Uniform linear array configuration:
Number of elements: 64
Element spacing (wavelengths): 0.25
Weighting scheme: hann
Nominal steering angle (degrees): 60
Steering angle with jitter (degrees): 60.293
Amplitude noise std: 0.05
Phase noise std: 0.05

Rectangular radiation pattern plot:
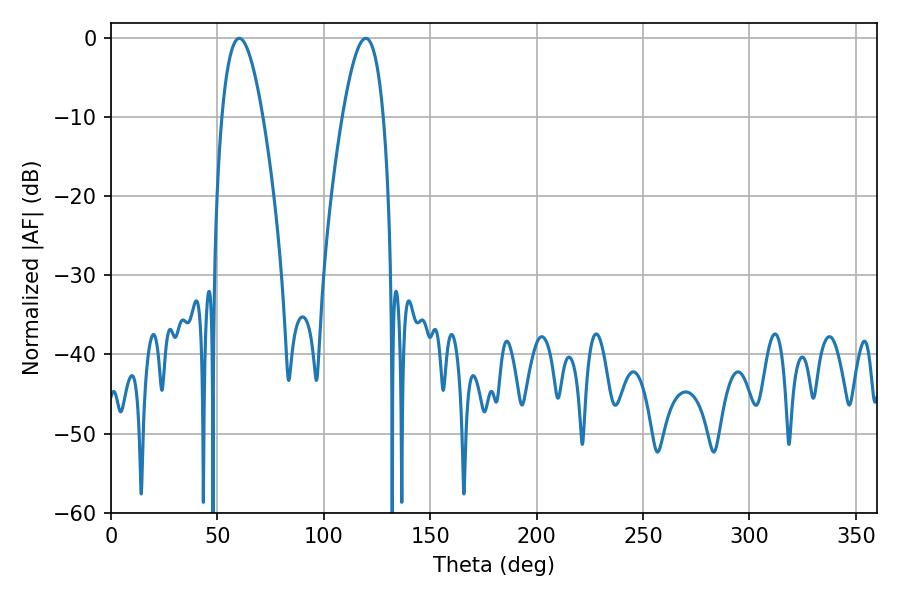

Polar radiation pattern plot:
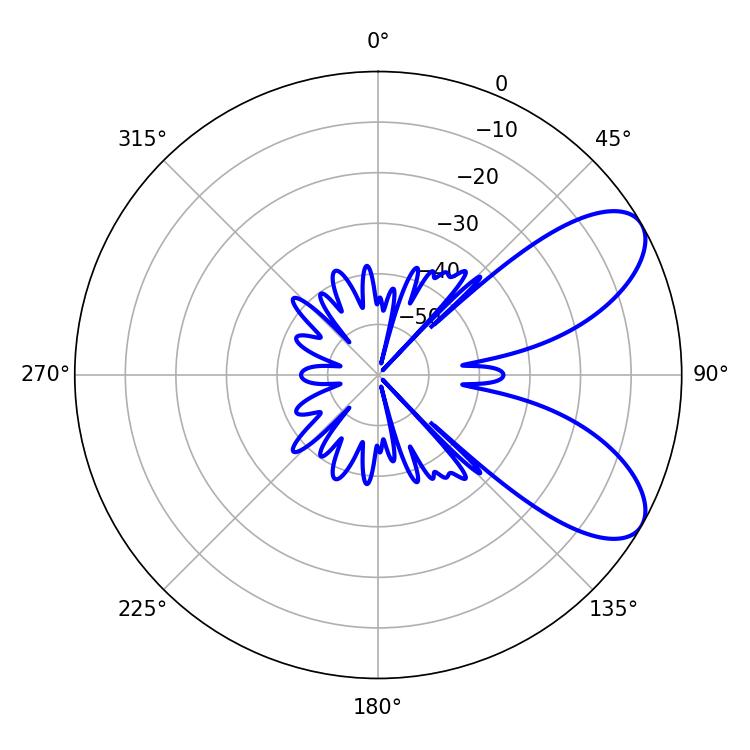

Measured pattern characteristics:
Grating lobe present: FALSE
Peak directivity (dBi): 7.623
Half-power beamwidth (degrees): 10.62
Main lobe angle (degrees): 60.3